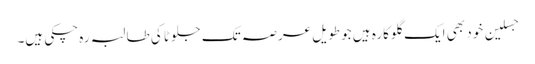
جسلین خود بھی ایک گلوکارہ ہیں جو طویل عرصہ تک جلوٹا کی طالبہ رہ چکی ہیں۔